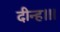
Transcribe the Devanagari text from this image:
दीन्‍ह।।।